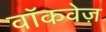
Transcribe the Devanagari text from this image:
वॉकवेज़